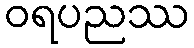
ဝရပညဿ